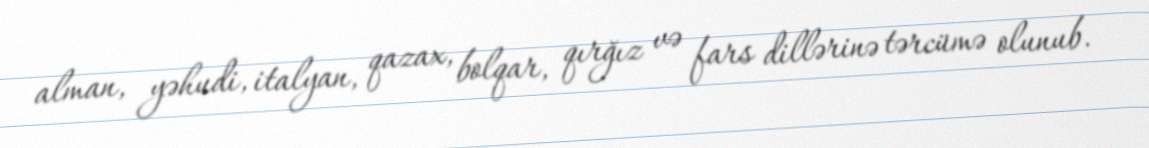
alman, yəhudi, italyan, qazax, bolqar, qırğız və fars dillərinə tərcümə olunub.